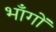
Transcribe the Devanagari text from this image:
भाँगों